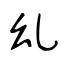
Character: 乣